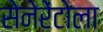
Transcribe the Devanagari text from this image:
सेनेरेंटोला